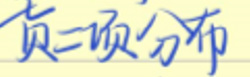
负二项分布